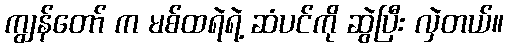
ကျွန်တော် က မစ်ထရဲရဲ့ ဆံပင်ကို ဆွဲပြီး လှဲတယ်။